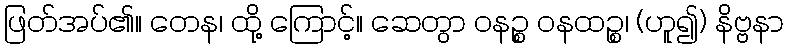
ဖြတ်အပ်၏။ တေန၊ ထို့ ကြောင့်။ ဆေတွာ ဝနဉ္စ ဝနထဉ္စ၊ (ဟူ၍) နိဗ္ဗနာ